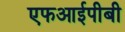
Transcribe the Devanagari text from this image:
एफआईपीबी